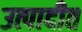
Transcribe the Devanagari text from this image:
उत्पादीत